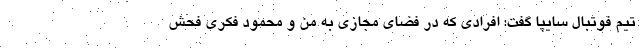
تیم فوتبال سایپا گفت: افرادی که در فضای مجازی به من و محمود فکری فحش